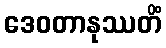
ဒေဝတာနုဿတိံ